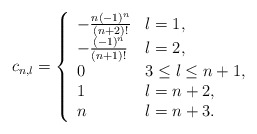
\begin{align*} c_{n,l}=\left\{ \begin{array}{ll} -\frac{n(-1)^n}{(n+2)!} & l=1,\\ -\frac{(-1)^n}{(n+1)!} & l=2,\\ 0 & 3\leq l\leq n+1,\\ 1 & l=n+2,\\ n & l=n+3. \end{array}\right.\end{align*}